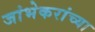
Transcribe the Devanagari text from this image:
जांभेकरांच्या